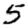
Digit: 5